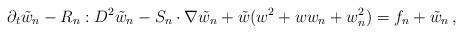
LaTeX: \begin{align*}\partial_{t}\tilde{w}_{n}-R_{n}:D^{2}\tilde{w}_{n}-S_{n}\cdot\nabla\tilde{w}_{n}+\tilde{w}(w^{2}+ww_{n}+w_{n}^{2})=f_{n}+\tilde{w}_{n}\,,\end{align*}